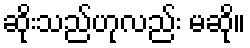
ဆိုးသည်ဟုလည်း မဆို။